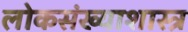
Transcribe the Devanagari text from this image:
लोकसंख्याशास्त्र